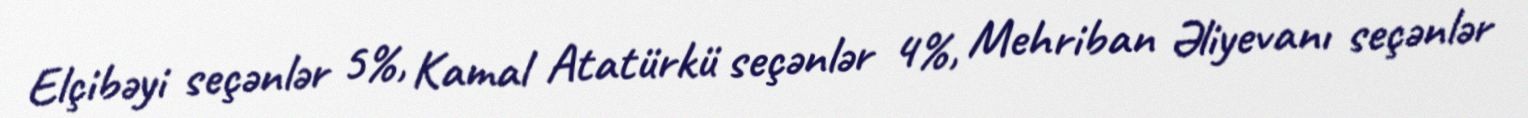
Elçibəyi seçənlər 5%, Kamal Atatürkü seçənlər 4%, Mehriban Əliyevanı seçənlər